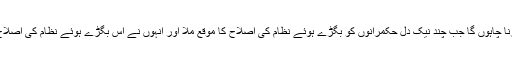
اس کے بعد تاریخ اسلام سے دو تین مواقع کا تذکرہ کرنا چاہوں گا جب چند نیک دل حکمرانوں کو بگڑے ہوئے نظام کی اصلاح کا موقع ملا اور انہوں نے اس بگڑے ہوئے نظام کی اصلاح کے لیے پوری دیانت داری کے ساتھ پیش رفت کی۔